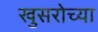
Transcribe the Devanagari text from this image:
खुसरोच्या